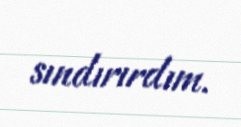
sındırırdım.